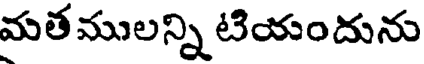
మతములన్ని టియందును